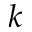
k